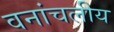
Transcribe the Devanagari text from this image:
वनांचलीय